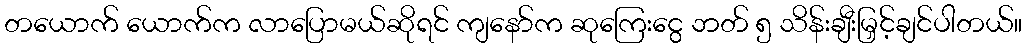
တယောက် ယောက်က လာပြောမယ်ဆိုရင် ကျနော်က ဆုကြေးငွေ ဘတ် ၅ သိန်းချီးမြှင့်ချင်ပါတယ်။